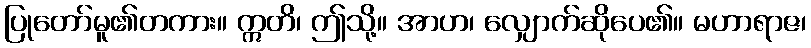
ပြုတော်မူ၏တကား။ ဣတိ၊ ဤသို့။ အာဟ၊ လျှောက်ဆိုပေ၏။ မဟာရာဇ၊